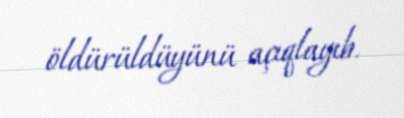
öldürüldüyünü açıqlayıb.